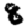
Digit: 8